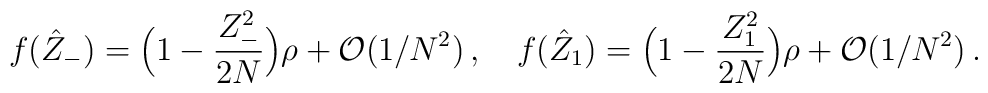
f(\hat Z_{-}) = \Bigl( 1-{Z_{-}^{2}\over 2N} \Bigr)\rho +{\cal O}(1/N^{2})\, ,\quad f(\hat Z_{1})=\Bigl( 1-{Z_{1}^{2}\over 2N} \Bigr)\rho + {\cal O}(1/N^{2})\, .